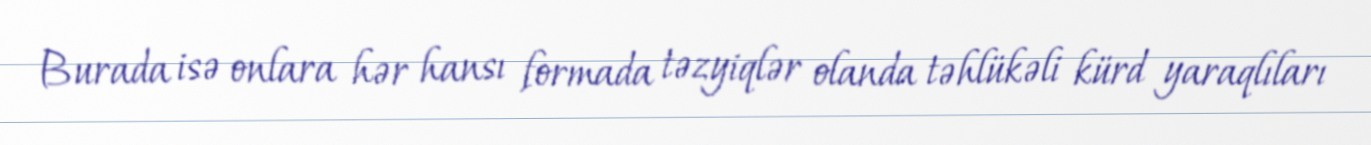
Burada isə onlara hər hansı formada təzyiqlər olanda təhlükəli kürd yaraqlıları